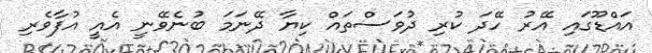
އައްޑޫގައި އޭރު ހޭދަ ކުރި ދުވަސްތައް ކިޔާ ދޭނަމަ ބުނެވޭނީ އެއީ އުފާވެރި